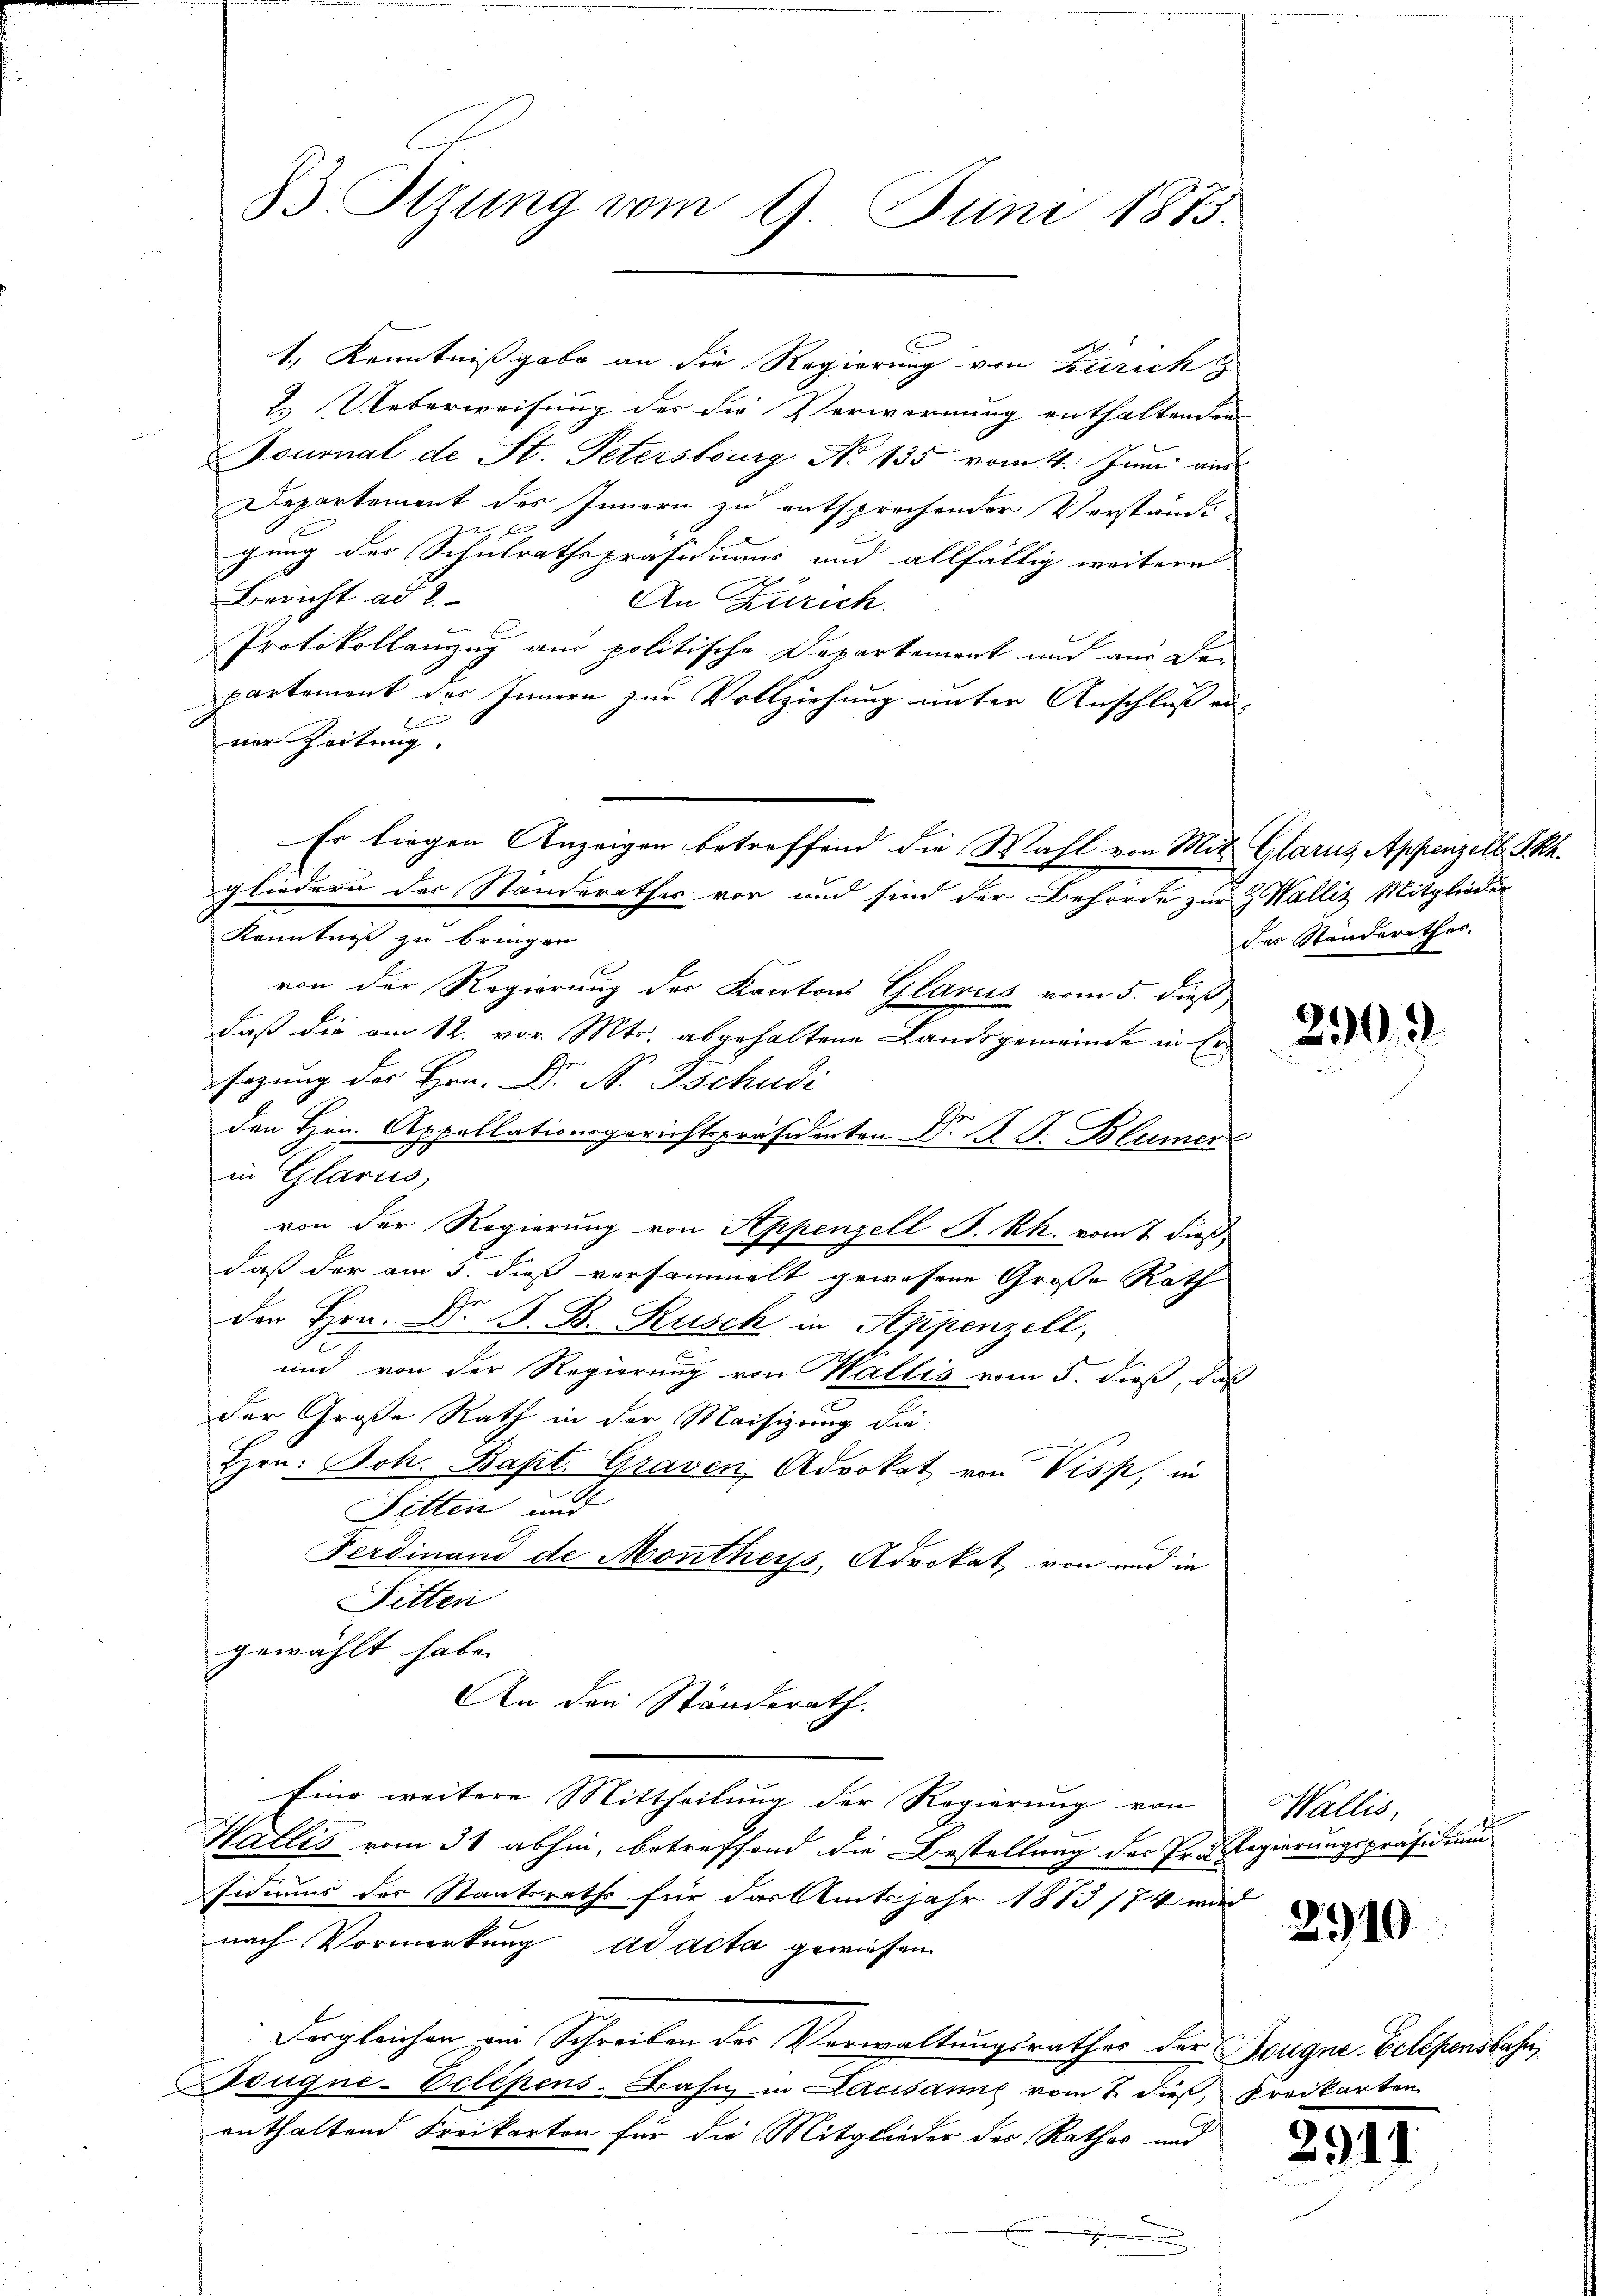
B. Sizung vom 9. Juni 1873.

1., Kenntnißgabe an die Regierung von Zürich
2. Ueberweisung des die Verwarnung enthaltenden
Tournal de St. Petersburg No 135 vom 14. Juni aus
Departement des Innern zu entsprochender Verstände
F
f
gung des Schulrathspräsidium und allfällig weitern
Bericht ad 2.
An Zürich
Protokollanzug am politische Departement und aus Dei
partement des Innern zur Vollziehung unter Anschluß ei-
ner Zeitung.
Kenntniß zu bringen.
von der Regierung der Kantons Glarus vom 5. dieß
daß die am 12. vor. Mts. abgehaltene Landsgemeinde in Ersazung des Hrn. Dr. S. Tschudi
den Hrn. Appellationsgerichtspräsidenten Dr. P. G. Blümer
in Glarus,
von der Regierung von Appenzell S. Rh. vom 2. dieß
daß der am 3. dieß versammelt gewesene Große Rath
der Hrn. Dr. B. B. Rusch in Appenzell,
und von der Regierung von Wallis vom 5. dieß, daß
der Große Rath in der Maisizung die
Hrn. Joh. Bapt. Graven Advokat von Piss, in
Fitten und
Ferdinand de Montheys, Advokat, von und in
Sitten
gewählt habe.
An den Ständerath.
Eine weitere Mittheilŭng der Regierŭng von
Wallis vom 31. abhin, betreffend die Bestellung des Pro Regierungspräsidium
sidiums der Staatsraths für das Amtsjahr 1873/74 wird
nach Vormerkung ad acta gewiesen.
Vergleichen ein Schreiben der Verwaltungsrathes der Bougne. Celesensbahn,
Bougne-Eclépens-Basis in Lausame vom 2. dieß, Kreikarten
enthaltend Freikarten für die Mitglieder des Rathes und

Es liegen Anzeigen betreffend die Wahl von Mit Glarus Appenzell. Ph.
gliedern der Standerathes von und sind der Behörde zur Wallis Mitglieder

des Ständerathes.

290

Wallis,

2910

29.